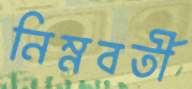
নিম্নবর্তী